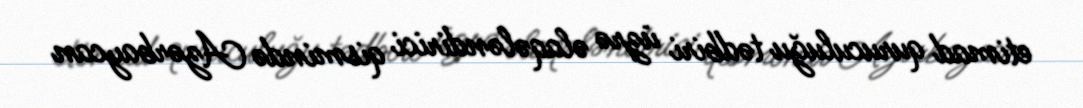
etimad quruculuğu tədbiri üzrə əlaqələndirici qismində Azərbaycan